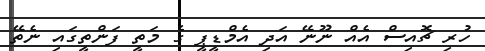
ހުރި ޗޮއިސް އެއް ނޫނޭ އަދި އެމްޑީޕީ ގެ މަތީ ފަންތީގައި ނެތޭ